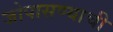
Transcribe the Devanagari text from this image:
जोपासण्याची